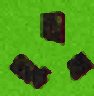
সুহাত